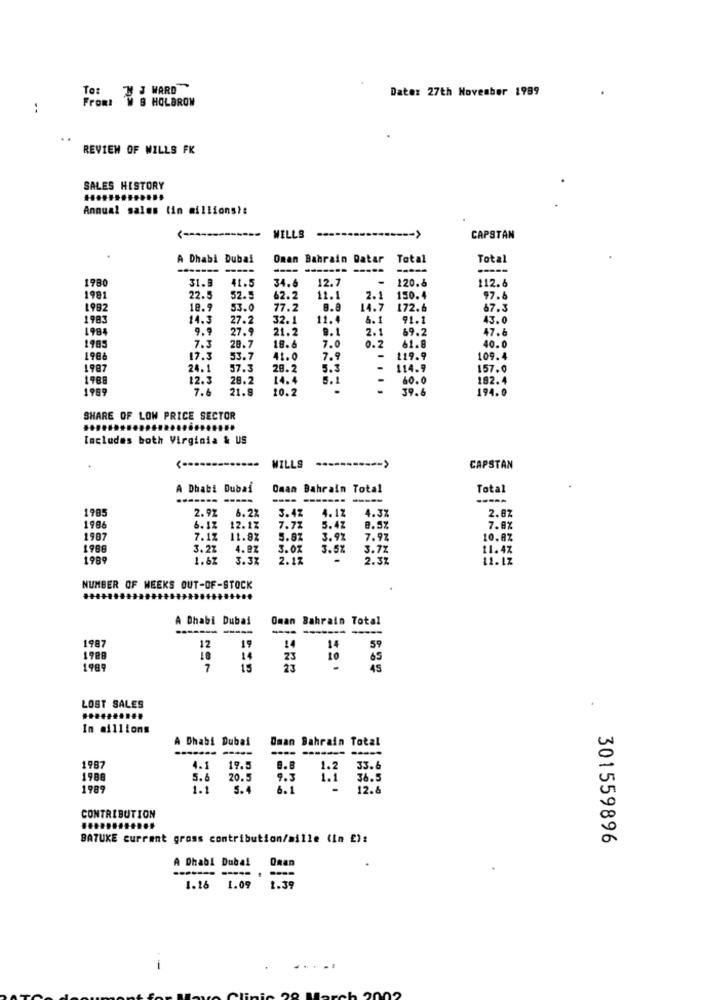
To:
JWARD
Date: 27th November 1989
Fromt
W S HOLBROW
REVIEW OF WILLS FK
SALES HISTORY
Annual sales (in millions):
<--
MILLS
CAPSTAN
A Dhabi Dubai
Oman
Bahrain Datar
Total
Total
----
---
1980
31.8
41.5
34.6
12.7
-
120.8
112.6
1981
22.5
52.5
62.2
11.1
2.1
150.4
97.6
1982
18.9
53.0
77.2
8.8
14.7
172.6
67.3
1983
14.3
27.2
32.1
11.4
6.
91.1
43.0
1984
9.9
27.9
21.2
9.1
2.1
69.2
47.6
1983
7.3
28.7
18.6
7.0
0.2
61.8
40.0
1986
17.3
53.7
41.0
7.9
119.9
109.4
1987
24. 1
57.3
29.2
5.3
114.9
157.0
1988
12.3
28.2
14.4
5.1
60.0
182.4
1989
7.6
21.9
10.2
39.6
194.0
SHARE OF LOW PRICE SECTOR
Includes both Virginia & US
.......
MILLS
----------- >
CAPSTAN
A Dhabi Dubai
Oman Bahrain Total
Total
----
-----
1905
2.92
6.2%
3.42
4.12
4.3%
2.87
1986
6. 1Z 12.17
7.72
5.42
8.5%
7.8%
1907
7.12
11.8%
5.87
3.91
7.9%
10.8%
1986
3.22
4.97
3.07
3.5%
3.7%
11.4%
1989
1.62
3.37
2.17
2.3Z
11.12
NUMBER OF WEEKS OUT-OF-STOCK
..........
........
A Dhabi Dubai
Oman Bahrain Total
--
1987
12
19
14
14
59
1788
18
14
23
io
65
1989
7
15
23
45
LOST SALES
In millions
A Dhabi Dubai
Daan Bahrain Total
-----
------- ---
1987
4.1
19.5
8.8
33.6
1988
5.6
20.5
9.3 1.1
36.5
1989
5.4
12.6
CONTRIBUTION
BATUKE current grass contribution/mille (in ):
301559896
-
A Dhabi Dubal Oman
---- --
1.16 1.09 1.39
.....